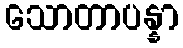
သောတာပန္နာ